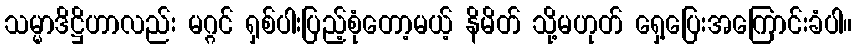
သမ္မာဒိဋ္ဌိဟာလည်း မဂ္ဂင် ရှစ်ပါးပြည့်စုံတော့မယ့် နိမိတ် သို့မဟုတ် ရှေ့ပြေးအကြောင်းခံပါ။